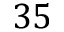
3 5